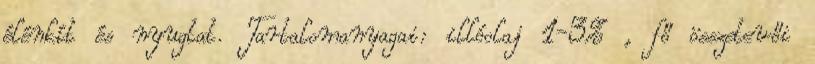
élénkít és nyugtat. Tartalomanyagai: illóolaj 1-3% , fő összetevői